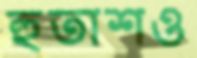
হুতাশও